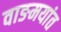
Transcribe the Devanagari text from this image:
वाङमयांत